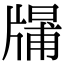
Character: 𤗱